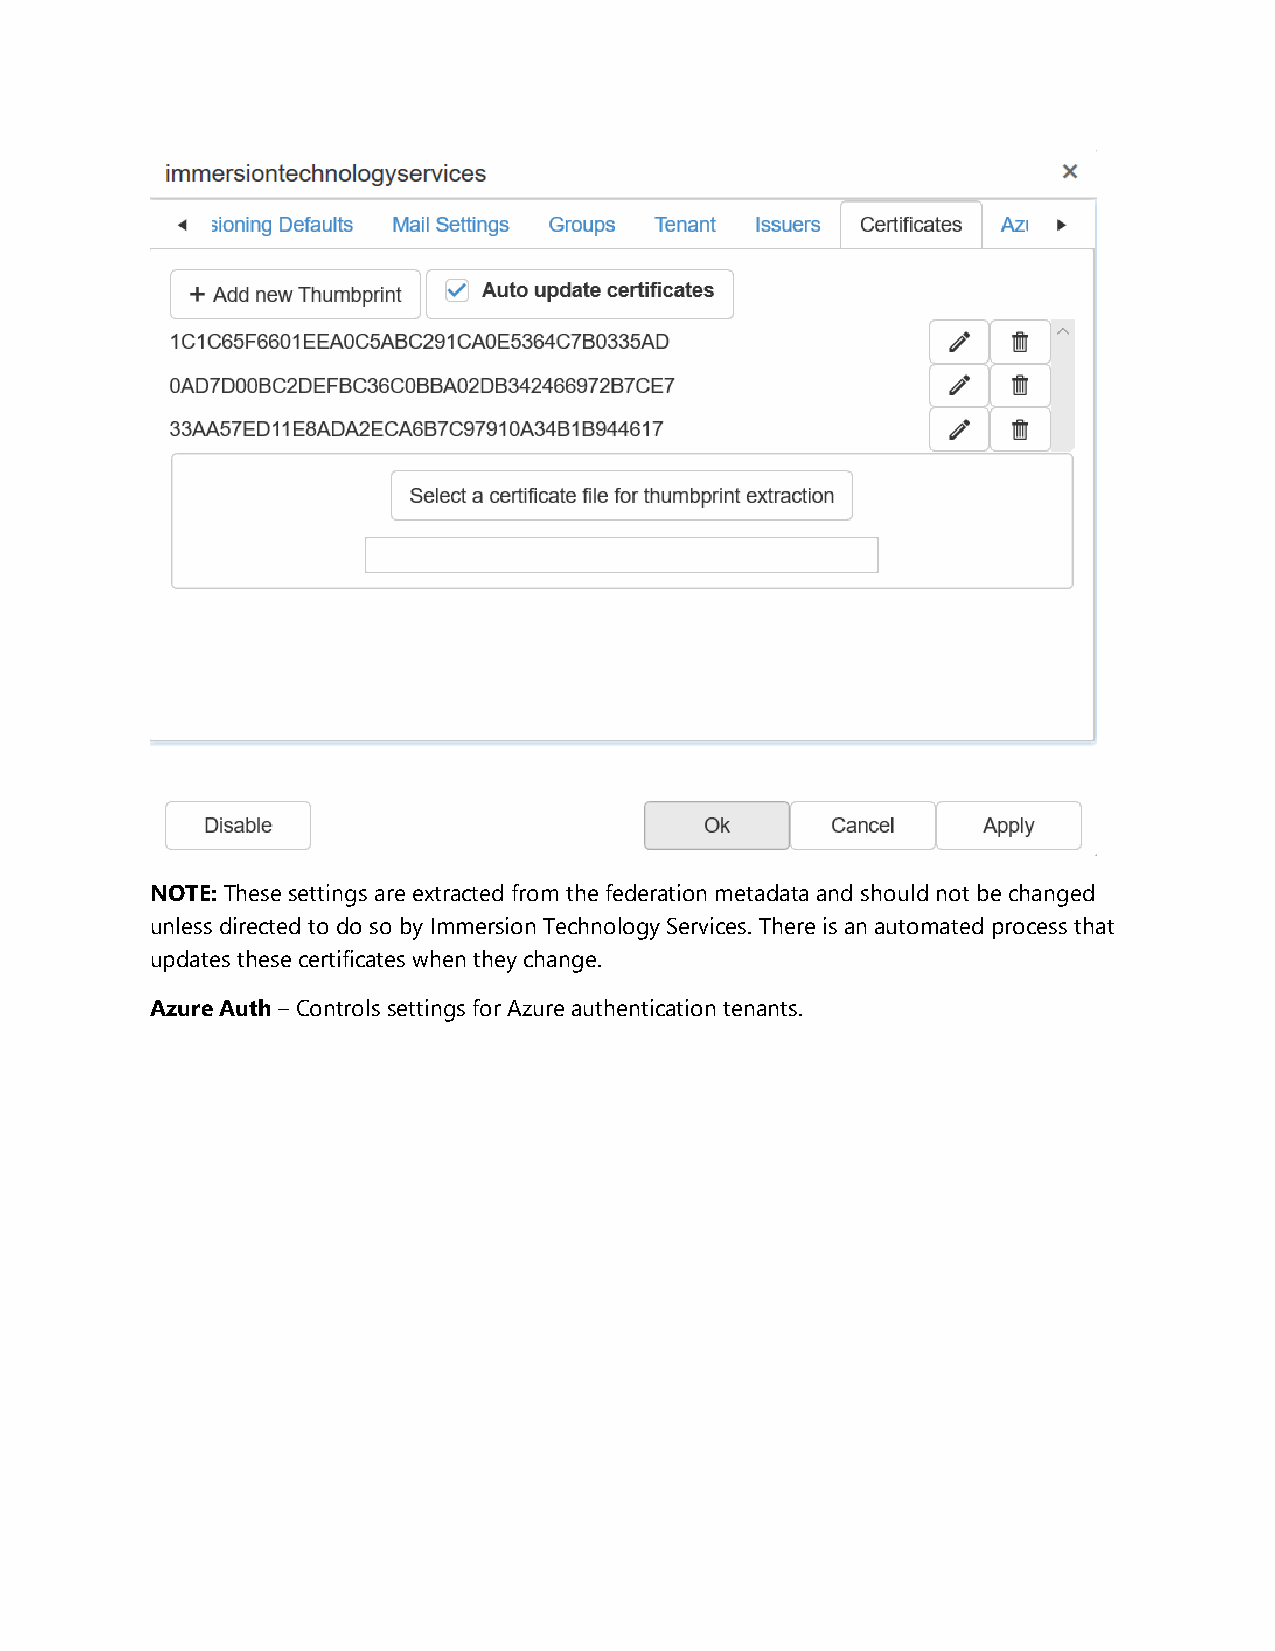
NOTE: These settings are extracted from the federation metadata and should not be changed
 unless directed to do so by Immersion Technology Services. There is an automated process that
 updates these certificates when they change.
 Azure Auth – Controls settings for Azure authentication tenants.